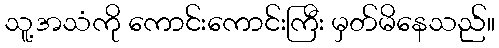
သူ့အသံကို ကောင်းကောင်းကြီး မှတ်မိနေသည်။